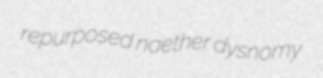
repurposed naether dysnomy